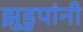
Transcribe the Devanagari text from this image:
झुडुपांनी